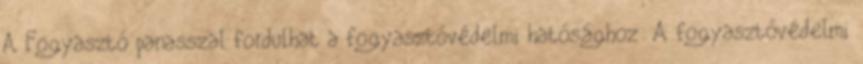
A Fogyasztó panasszal fordulhat a fogyasztóvédelmi hatósághoz: A fogyasztóvédelmi